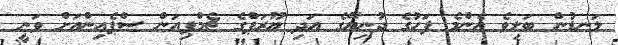
ލަނޑުން ބަލިވެ އެންމެ ފަހުގެ ދުނިޔޭގެ އަދި ޔޫރަޕްގެ ޗެމްޕިއަން ސްޕެއިންއަށް ވަނީ